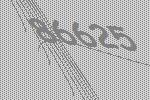
86625